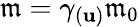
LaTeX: \mathfrak{m}=\gamma_{(\mathbf{{u}})}\mathfrak{m}_{0}